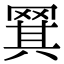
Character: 𬙡